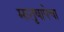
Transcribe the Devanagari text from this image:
मातृषाषेचा